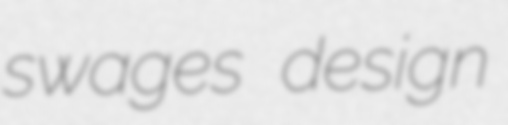
swages design